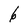
Character: 6